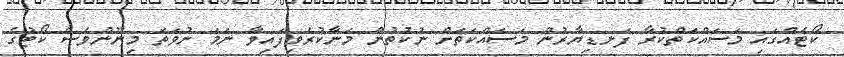
ކޯޓެއްގައި މަސައްކަތްކުރާ ފަނޑިޔާރުން މަސައްކަތަށް ނުކުތުން މަނާކުރެވިފައިވާ ނަމަ ނުވަތަ މިނޫންވެސް ކޯޓުގެ